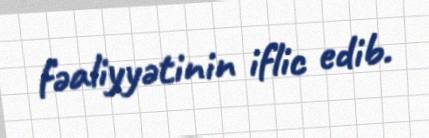
fəaliyyətinin iflic edib.